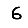
Digit: 6